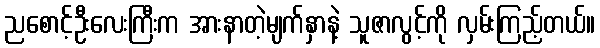
ညစောင့်ဦးလေးကြီးက အားနာတဲ့မျက်နှာနဲ့ သူဇာလွင့်ကို လှမ်းကြည့်တယ်။